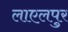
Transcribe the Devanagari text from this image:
लाएलपुर